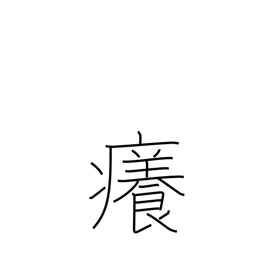
Meaning: itchy